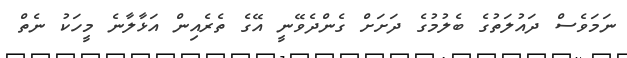
ނަމަވެސް ދައުލަތުގެ ބެލުމުގެ ދަށަށް ގެންދެވޭނީ އޭގެ ތެރެއިން އަޅާލާނެ މީހަކު ނެތް